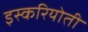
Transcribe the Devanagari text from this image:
इस्करियोती